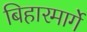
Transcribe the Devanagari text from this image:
बिहारमार्गे